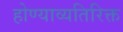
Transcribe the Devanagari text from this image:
होण्याव्यतिरिक्त